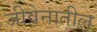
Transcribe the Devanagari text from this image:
जीवेनातील